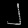
Digit: ၂